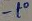
Text: -to